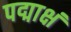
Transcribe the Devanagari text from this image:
पद्माक्षं